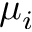
\mu _ { i }